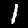
Digit: 1